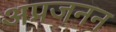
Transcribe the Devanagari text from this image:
अप्रजनन